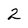
Character: 2